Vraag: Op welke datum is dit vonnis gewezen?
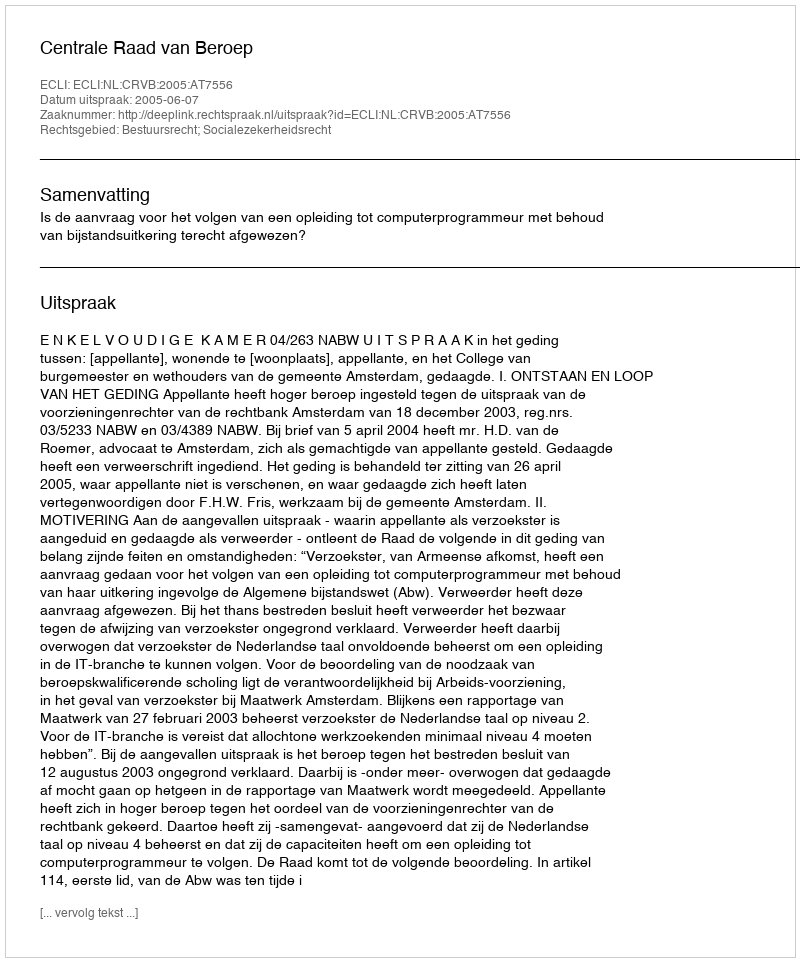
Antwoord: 2005-06-07